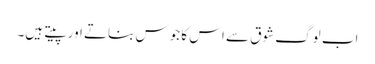
اب لوگ شوق سے اس کا جوس بناتے اور پیتے ہیں۔